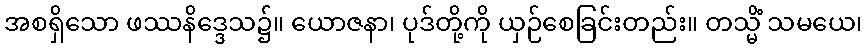
အစရှိသော ဖဿနိဒ္ဒေသ၌။ ယောဇနာ၊ ပုဒ်တို့ကို ယှဉ်စေခြင်းတည်း။ တသ္မိံ သမယေ၊